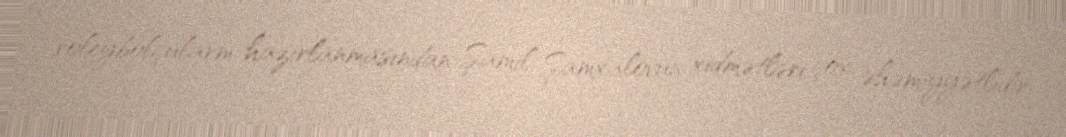
voleybolçularm hazırlanmasından Şamil Şamxalovun xidmətləri çox əhəmiyyətlidir.